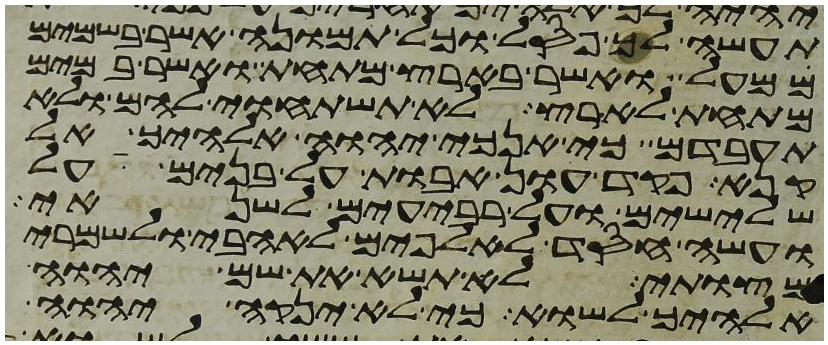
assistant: תעשה לך פסל וכל תמונה אשר בשמים
ממעל ואשר בארץ מתחת ואשר במים
מתחת לארץ לא תשתחוה להם ולא
תעבדם כי אנכי יהוה אלהיך אל
קנא פקד עון אבות על בנים על
שלישים ועל רביעים לשנאי
ועשה חסד לאלפים לאהבי ולשמרי
מצותי לא תשא את שם יהוה
אלהיך לשוא כי לא ינקה יהוה